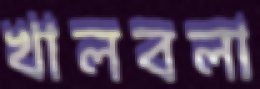
খালবলা